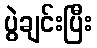
ပွဲချင်းပြီး